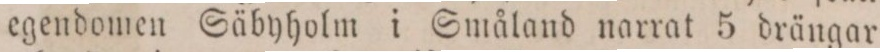
egendomen Säbyholm i Småland narrat 5 drängar